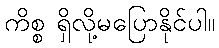
ကိစ္စ ရှိလို့မပြောနိုင်ပါ။